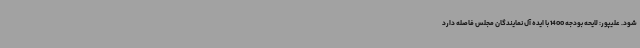
شود. علیپور: لایحه بودجه 1400 با ایده آل نمایندگان مجلس فاصله دارد